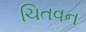
ચિતવન